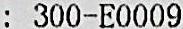
: 300-E0009